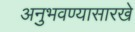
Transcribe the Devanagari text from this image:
अनुभवण्यासारखे